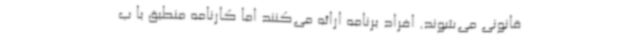
قانونی می‌شوند. افراد برنامه ارائه می‌کنند اما کارنامه منطبق با ب